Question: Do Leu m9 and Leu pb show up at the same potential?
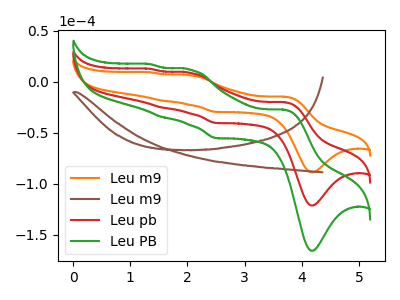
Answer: <think>The orange curve "Leu m9" has anodic peaks at (3.70V, -14.75uA) (2.05V, 6.30uA) (1.55V, -18.65uA) (1.35V, 9.15uA) and cathodic peaks at (4.15V, -88.80uA) (2.50V, -29.65uA). The brown curve "Leu m9" has no peaks. The red curve "Leu pb" has anodic peaks at (3.70V, -20.10uA) (2.05V, 8.60uA) (1.55V, -25.45uA) (1.35V, 12.50uA) and cathodic peaks at (4.15V, -121.30uA) (2.50V, -40.50uA). The green curve "Leu PB" has anodic peaks at (3.70V, -40.25uA) (2.05V, 17.15uA) (1.55V, -50.90uA) (1.35V, 25.05uA) and cathodic peaks at (4.15V, -242.65uA) (2.50V, -81.00uA).
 All the peaks in "Leu m9" have a peak in "Leu pb" at the same potential.</think>
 <answer>"Leu m9" and "Leu pb" are similar in shape.</answer>
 <eval>same_shape</eval>